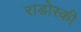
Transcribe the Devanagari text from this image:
राडोस्की